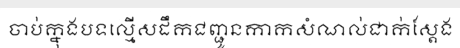
ចាប់ក្នុងបទល្មើសដឹកជញ្ជូនកាកសំណល់ជាក់ស្តែង